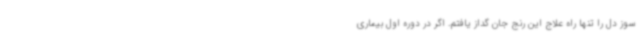
سوز دل را تنها راه علاج این رنج جان گداز یافتم. اگر در دوره اول بیماری